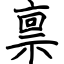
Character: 禀